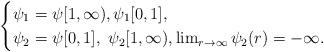
LaTeX: \begin{align*}\begin{cases}\psi_1=\psi [1,\infty), \psi_1 [0,1],\\\psi_2=\psi [0,1], \ \psi_2 [1,\infty), \lim_{r \to \infty} \psi_2(r)=-\infty.\end{cases}\end{align*}